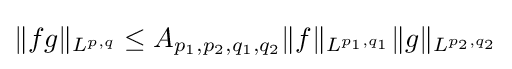
\|fg\|_{L^{p,q}}\leq A_{p_{1},p_{2},q_{1},q_{2}}\|f\|_{L^{p_{1},q_{1}}}\|g\|_{L^{p_{2},q_{2}}}